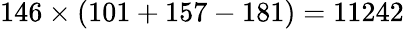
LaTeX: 146\times(101+157-181)=11242